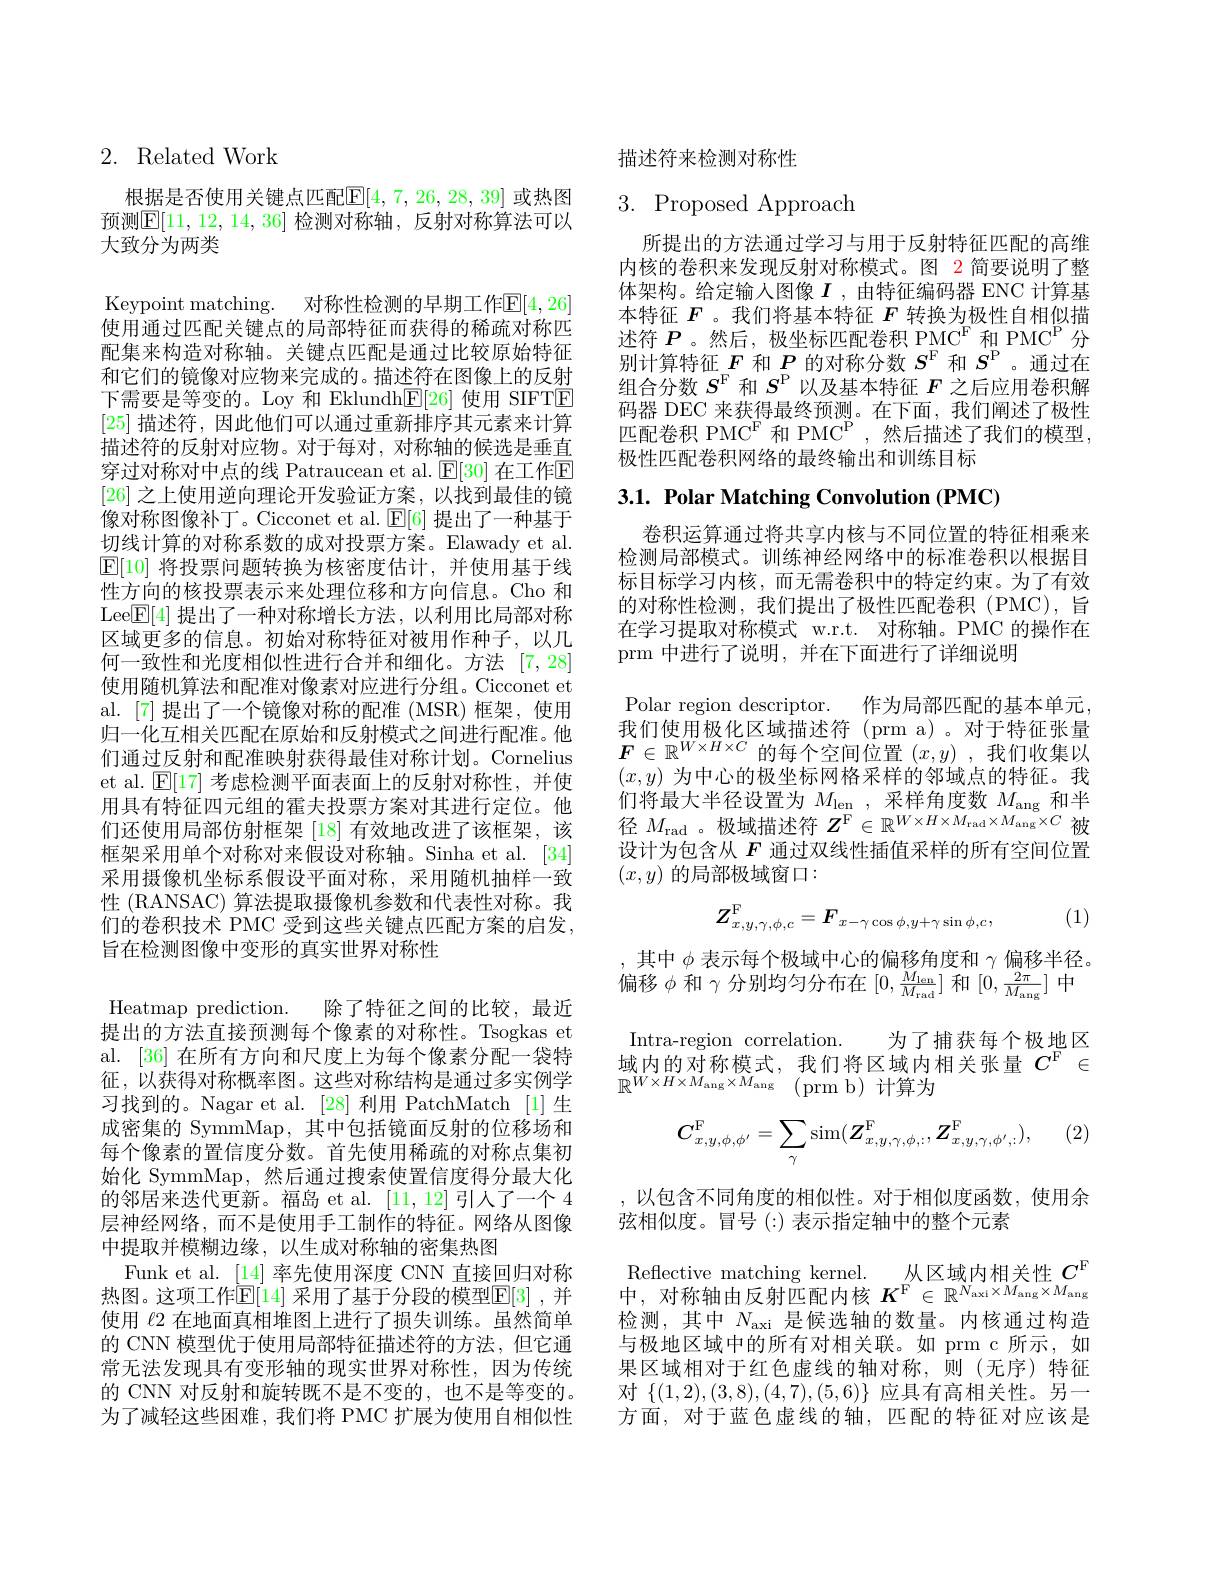
## 2. Related Work

根据是否使用关键点匹配$\mathsf{E}[4,7,26,28,39]$ 或热图预测$\boxed{\mathrm{E}}[11,12,14,36]$ 检测对称轴，反射对称算法可以大致分为两类

Keypoint matching. 对称性检测的早期工作$\mathbb{E}[4,26]$ 使用通过匹配关键点的局部特征而获得的稀疏对称匹配集来构造对称轴。关键点匹配是通过比较原始特征和它们的镜像对应物来完成的。描述符在图像上的反射下需要是等变的。Loy 和 Eklundh$\underline{\mathrm{E}}[26]$使用 SIFTE [25]描述符，因此他们可以通过重新排序其元素来计算描述符的反射对应物。对于每对，对称轴的候选是垂直穿过对称对中点的线 Patraucean et al. $\operatorname{E}[30]$ 在工作$\operatorname{E}$ [26]之上使用逆向理论开发验证方案，以找到最佳的镜像对称图像补丁。Cicconet et al. $\operatorname{E}[6]$提出了一种基于切线计算的对称系数的成对投票方案。Elawady et al. $\boxed{\mathrm{E}[10]}$将投票问题转换为核密度估计，并使用基于线性方向的核投票表示来处理位移和方向信息。Cho 和Lee$\boxed{\mathrm{F}}[4]$提出了一种对称增长方法，以利用比局部对称区域更多的信息。初始对称特征对被用作种子，以几何一致性和光度相似性进行合并和细化。方法[7,28] 使用随机算法和配准对像素对应进行分组。Cicconet et al.[7]提出了一个镜像对称的配准(MSR)框架，使用归一化互相关匹配在原始和反射模式之间进行配准。他们通过反射和配准映射获得最佳对称计划。Cornelius et al. $\mathbb{E}[17]$考虑检测平面表面上的反射对称性，并使用具有特征四元组的霍夫投票方案对其进行定位。他们还使用局部仿射框架 [18] 有效地改进了该框架，该框架采用单个对称对来假设对称轴。Sinha et al. [34] 采用摄像机坐标系假设平面对称，采用随机抽样一致性 (RANSAC) 算法提取摄像机参数和代表性对称。我们的卷积技术 PMC 受到这些关键点匹配方案的启发， 旨在检测图像中变形的真实世界对称性
Heatmap prediction. 除了特征之间的比较，最近提出的方法直接预测每个像素的对称性。Tsogkas et al. [36] 在所有方向和尺度上为每个像素分配一袋特征，以获得对称概率图。这些对称结构是通过多实例学习找到的。Nagar et al.[28] 利用 PatchMatch [1]生成密集的 SymmMap, 其中包括镜面反射的位移场和每个像素的置信度分数。首先使用稀疏的对称点集初始化 SymmMap,然后通过搜索使置信度得分最大化的邻居来迭代更新。福岛 et al. [11,12]引人了一个 4层神经网络，而不是使用手工制作的特征。网络从图像中提取并模糊边缘，以生成对称轴的密集热图
Funk et al. [14]率先使用深度 CNN 直接回归对称热图。这项工作$\mathbb{E}[14]$ 采用了基于分段的模型$\mathbb{E}[3]$ ,并使用$\ell$2 在地面真相堆图上进行了损失训练。虽然简单的 CNN 模型优于使用局部特征描述符的方法，但它通常无法发现具有变形轴的现实世界对称性，因为传统的 CNN 对反射和旋转既不是不变的，也不是等变的。为了减轻这些困难，我们将 PMC 扩展为使用自相似性

描述符来检测对称性

3. Proposed Approach

所提出的方法通过学习与用于反射特征匹配的高维内核的卷积来发现反射对称模式。图 2简要说明了整体架构。给定输人图像$I$ ,由特征编码器 ENC 计算基本特征$F$ 。我们将基本特征$F$转换为极性自相似描述符$P$ 。然后，极坐标匹配卷积 PMC$^\mathrm{F}$和 PMC$^\mathrm{P}$分别计算特征$F$和$P$的对称分数$S^\mathrm{F}$和$S^\mathrm{P}$ 。通过在组合分数$S^\mathrm{F}$和$S^\mathrm{P}$以及基本特征$F$之后应用卷积解码器 DEC 来获得最终预测。在下面，我们阐述了极性匹配卷积 PMC$^{\mathrm{F}}$ 和 PMC$^{\mathrm{P}}$,然后描述了我们的模型， 极性匹配卷积网络的最终输出和训练目标

# 3.1. Polar Matching Convolution (PMC)

卷积运算通过将共享内核与不同位置的特征相乘来检测局部模式。训练神经网络中的标准卷积以根据目标目标学习内核，而无需卷积中的特定约束。为了有效的对称性检测，我们提出了极性匹配卷积(PMC),旨在学习提取对称模式 w.r.t. 对称轴。PMC 的操作在prm 中进行了说明，并在下面进行了详细说明
Polar region descriptor. 作为局部匹配的基本单元我们使用极化区域描述符(prm a)。对于特征张量$F\in\mathbb{R}^{W\times H\times C}$的每个空间位置$\left(x,y\right)$,我们收集以$(x,y)$为中心的极坐标网格采样的邻域点的特征。我们将最大半径设置为$M_\mathrm{len}$ ,采样角度数$M_\mathrm{ang}$和半径$M_\mathrm{rad}$ 。极域描述符$Z^\mathrm{F}\in\mathbb{R}^W\times H\times M_\mathrm{rad}\times M_\mathrm{ang}\times C$被设计为包含从$F$通过双线性插值采样的所有空间位置$(x,y)$的局部极域窗口：

(1)
$$Z_{x,y,\gamma,\phi,c}^\mathrm{F}=F_{x-\gamma\cos\phi,y+\gamma\sin\phi,c},$$
$\begin{array}{l},\text{其中 }\phi\text{ 表示每个极域中心的偏移角度和 }\gamma\text{ 偏移半径。}\\\text{偏移 }\phi\text{ 和 }\gamma\text{ 分别均匀分布在 }[0,\frac{M_{\mathrm{len}}}{M_{\mathrm{rad}}}]\text{ 和 }[0,\frac{2\pi}{M_{\mathrm{ang}}}]\text{ 中}\end{array}$ Intra-region correlation. 为了捕获每个极地区域内的对称模式，我们将区域内相关张量$C^\mathrm{F}\in$ $\mathbb{R} ^{W\times H\times M_{\mathrm{ang}}\times M_{\mathrm{ang}}}$ (prm b)计算为

(2)
$$C_{x,y,\phi,\phi'}^{\mathrm{F}}=\sum_{\gamma}\sin(Z_{x,y,\gamma,\phi,:}^{\mathrm{F}},Z_{x,y,\gamma,\phi',:}^{\mathrm{F}}),$$
,以包含不同角度的相似性。对于相似度函数，使用余
弦相似度。冒号(:) 表示指定轴中的整个元素
Reflective matching kernel. 从区域内相关性$C^\mathrm{F}$ 中，对称轴由反射匹配内核$K^\mathrm{F}\in\mathbb{R}^{N_\mathrm{axi}\times M_\mathrm{ang}\times M_\mathrm{ang}}$ 检测，其中$N_\mathrm{axi}$是候选轴的数量。内核通过构造与极地区域中的所有对相关联。如 prm c 所示，如果区域相对于红色虚线的轴对称，则(无序)特征对$\{(1,2),(3,8),(4,7),(5,6)\}$应具有高相关性。另一方面，对于蓝色虚线的轴，匹配的特征对应该是